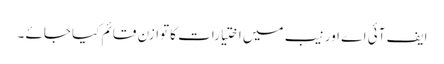
ایف آئی اے اور نیب میں اختیارات کا توازن قائم کیا جائے ۔